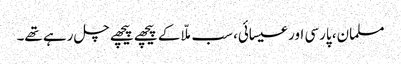
مسلمان، پارسی اور عیسائی، سب ملّا کے پیچھے پیچھے چل رہے تھے۔